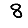
Digit: 8